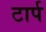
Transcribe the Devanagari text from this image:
टार्प